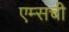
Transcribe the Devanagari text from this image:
एम्सची